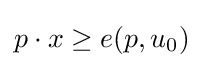
p\cdot x\geq e(p,u_{0})